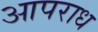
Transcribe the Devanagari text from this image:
आपराध